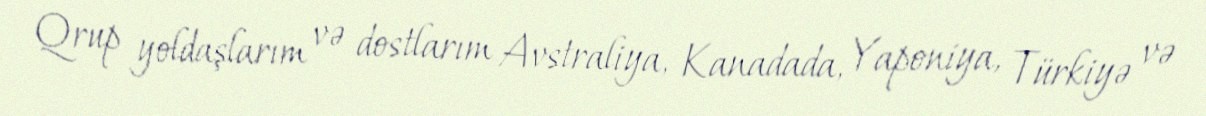
Qrup yoldaşlarım və dostlarım Avstraliya, Kanadada, Yaponiya, Türkiyə və